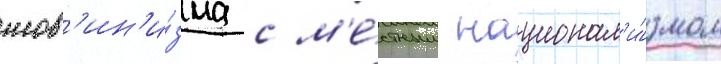
шов'ин'и́зма с м'е́стным национал'и́змом